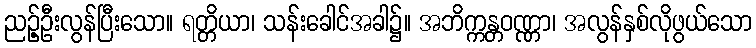
ညဉ့်ဦးလွန်ပြီးသော။ ရတ္တိယာ၊ သန်းခေါင်အခါ၌။ အဘိက္ကန္တဝဏ္ဏာ၊ အလွန်နှစ်လိုဖွယ်သော